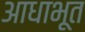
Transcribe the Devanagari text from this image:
आधाभूत